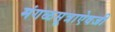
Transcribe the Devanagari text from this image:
मंगळसूत्राऐवजी